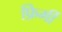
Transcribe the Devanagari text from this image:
फ़िर्मी